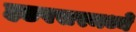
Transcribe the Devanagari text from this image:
हडपसरमध्ये